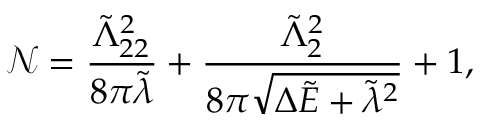
\mathcal { N } = \frac { \tilde { \Lambda } _ { 2 2 } ^ { 2 } } { 8 \pi \tilde { \lambda } } + \frac { \tilde { \Lambda } _ { 2 } ^ { 2 } } { 8 \pi \sqrt { \Delta \tilde { E } + \tilde { \lambda } ^ { 2 } } } + 1 ,